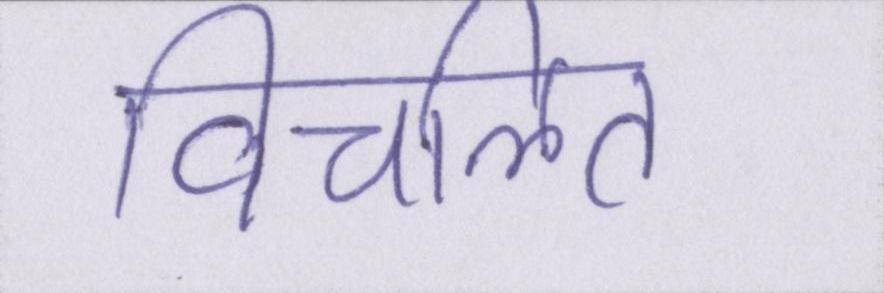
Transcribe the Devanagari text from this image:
विचलित